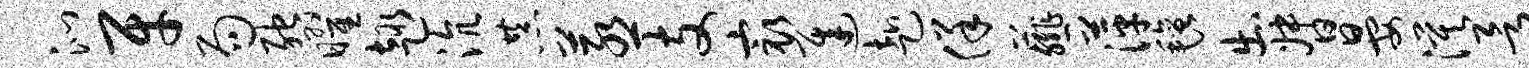
沁牙局弛曜趣沆恭蒸支最迟赴佯薤萍毡出督晏漠欲